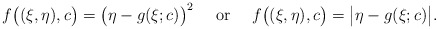
\begin{align*}f\big((\xi,\eta), c\big) = \big(\eta - g(\xi;c) \big)^2~~~ \mbox{ or } ~~~f\big((\xi,\eta), c\big) = \big|\eta - g(\xi;c) \big|.\end{align*}